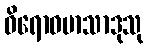
ဝိရောဓမာသာဒုသု